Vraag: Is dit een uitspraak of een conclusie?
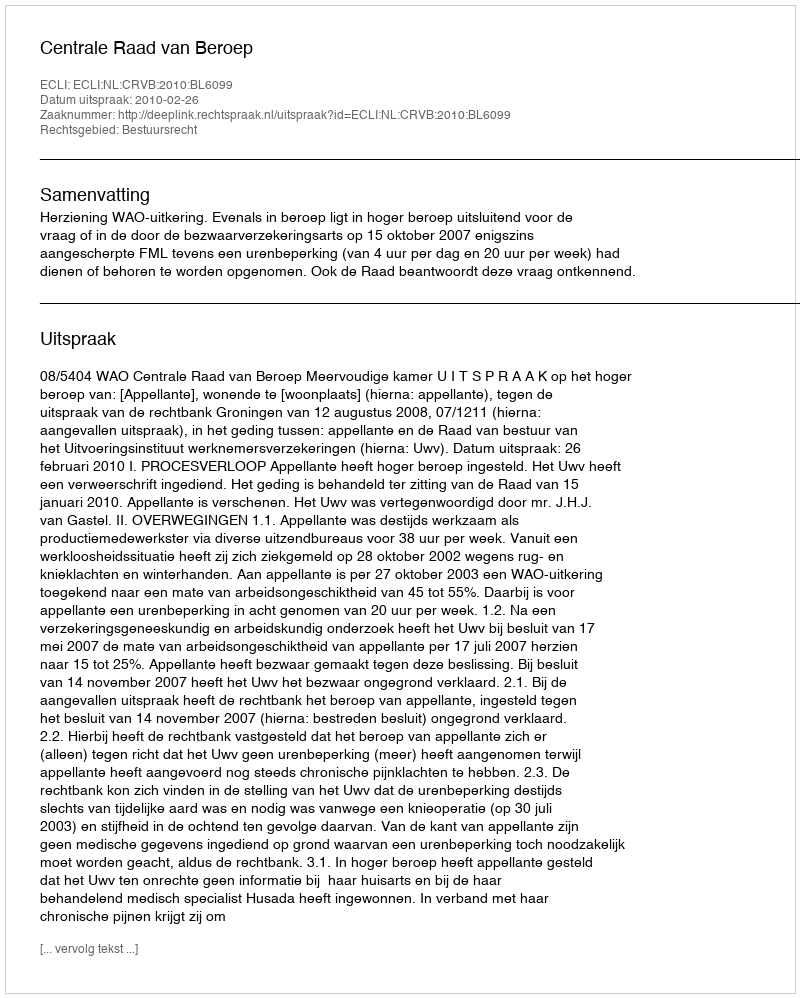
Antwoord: Uitspraak